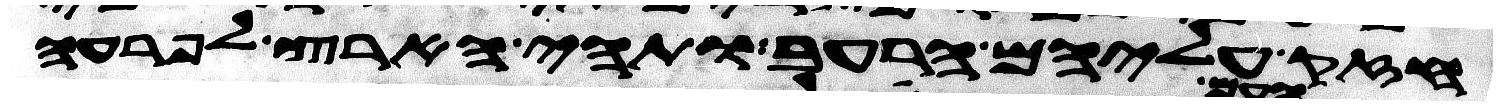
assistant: חזק עליהם הרעב ותהי הארץ לפרעה